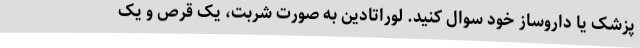
پزشک یا داروساز خود سوال کنید. لوراتادین به صورت شربت، یک قرص و یک